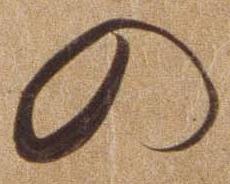
の